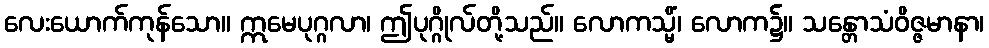
လေးယောက်ကုန်သော။ ဣမေပုဂ္ဂလာ၊ ဤပုဂ္ဂိုလ်တို့သည်။ လောကသ္မိံ၊ လောက၌။ သန္တောသံဝိဇ္ဇမာနာ၊